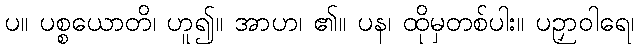
ပ။ ပစ္စယောတိ၊ ဟူ၍။ အာဟ၊ ၏။ ပန၊ ထိုမှတစ်ပါး။ ပဉှာဝါရေ၊